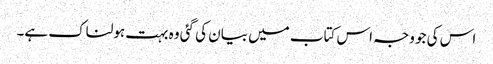
اس کی جو وجہ اس کتاب میں بیان کی گئی وہ بہت ہولناک ہے۔